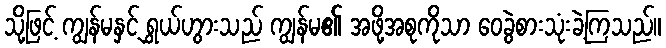
သို့ဖြင့် ကျွန်မနှင့် ရွှယ်ဟွားသည် ကျွန်မ၏ အဖို့အစုကိုသာ ဝေခွဲစားသုံးခဲ့ကြသည်။